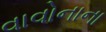
વાવોનાના